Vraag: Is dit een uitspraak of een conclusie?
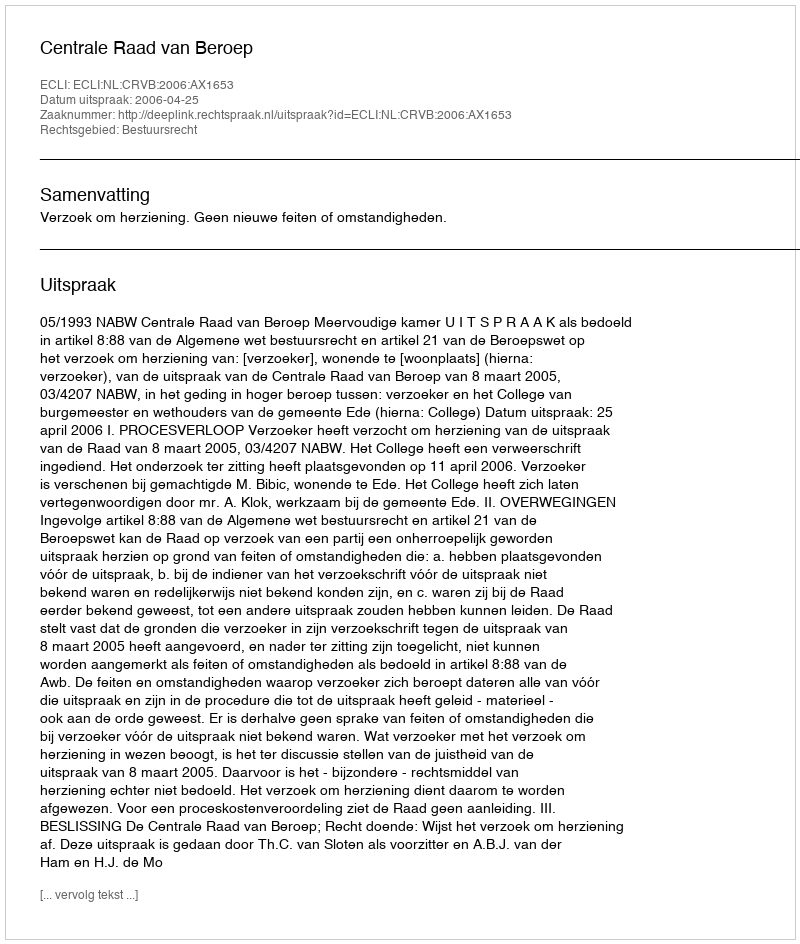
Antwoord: Uitspraak